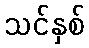
သင်နှစ်